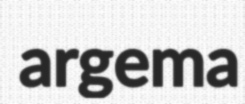
argema